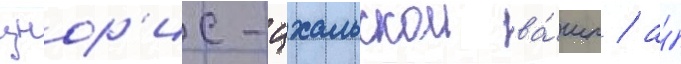
цнор'ис-цхальскои ва́шп / а́